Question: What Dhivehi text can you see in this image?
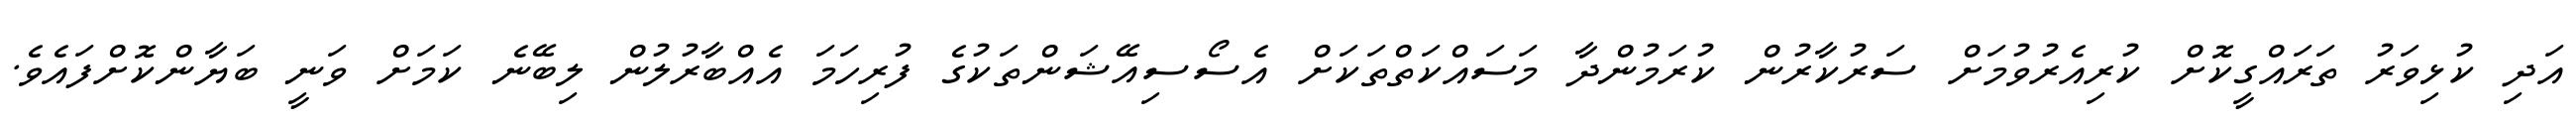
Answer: އަދި ކުޅިވަރު ތަރައްގީކޮށް ކުރިއެރުވުމަށް ސަރުކާރުން ކުރަމުންދާ މަސައްކަތްތަކަށް އެސޯސިއޭޝަންތަކުގެ ފުރިހަމަ އެއްބާރުލުން ލިބޭނެ ކަމަށް ވަނީ ބަޔާންކޮށްފައެވެ.